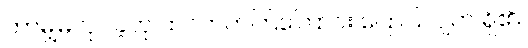
ဘာမျှမလုပ်ခဲ့ဟု ထင်တတ်ကြကြောင်း ပြောပြလျက် ရှိ၏။